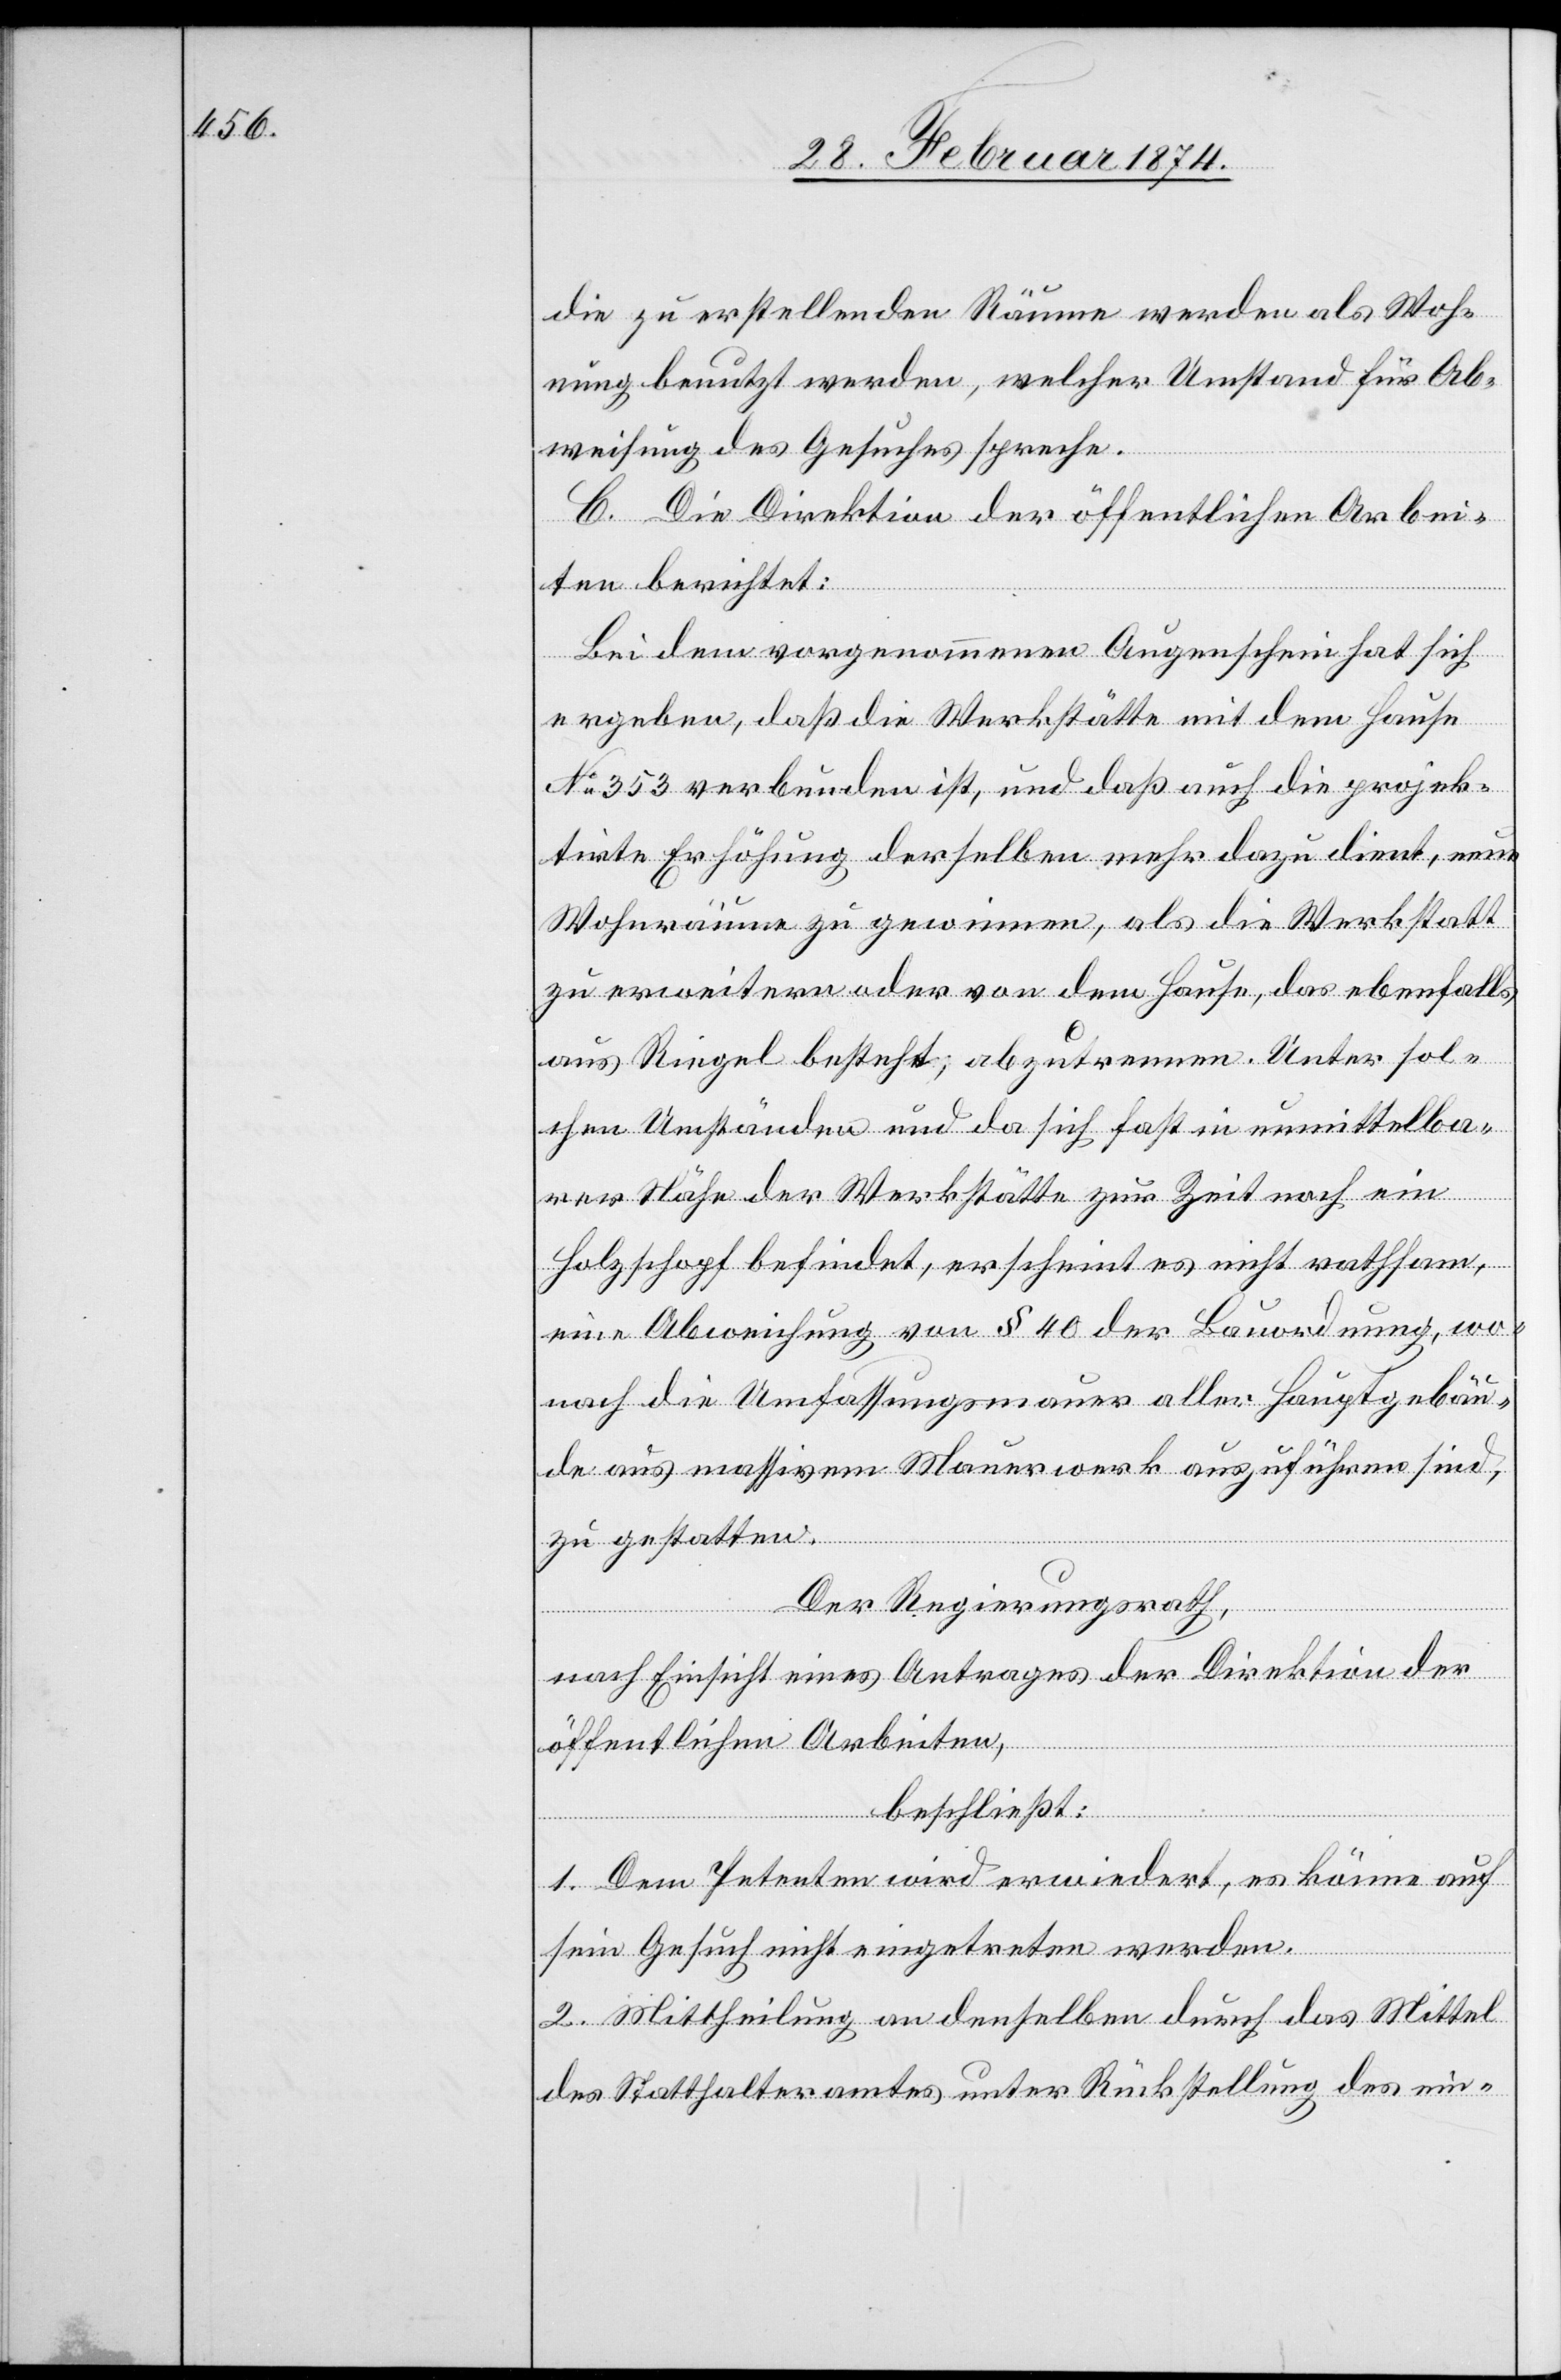
die zu erstellenden Räume werden als Woh¬
nung benutzt werden, welcher Umstand für Ab¬
weisung des Gesuches spreche.
C. Die Direktion der öffentlichen Arbei¬
ten berichtet:
Bei dem vorgenommenen Augenschein hat sich
ergeben, daß die Werkstätte mit dem Hause
No 353 verbunden ist, und daß auch die projek¬
tirte Erhöhung derselben mehr dazu dient, neue
Wohnräume zu gewinnen, als die Werkstatt
zu erweitern oder von dem Hause, das ebenfalls,
aus Riegel besteht, abzutrennen. Unter sol¬
chen Umständen und da sich fast in unmittelba¬
rer Nähe der Werkstätte zur Zeit noch ein
Holzschopf befindet, erscheint es nicht rathsam,
eine Abweichung von § 40 der Bauordnung, wo¬
nach die Umfassungsmauer aller Hauptgebäu¬
de aus massivem Mauerwerk auszuführen sind,
zu gestatten.
Der Regierungsrath,
nach Einsicht eines Antrages der Direktion der
öffentlichen Arbeiten,
beschließt:
1. Dem Petenten wird erwiedert, es könne auf
sein Gesuch nicht eingetreten werden.
2. Mittheilung an denselben durch das Mittel
des Statthalteramtes unter Rückstellung des ein-